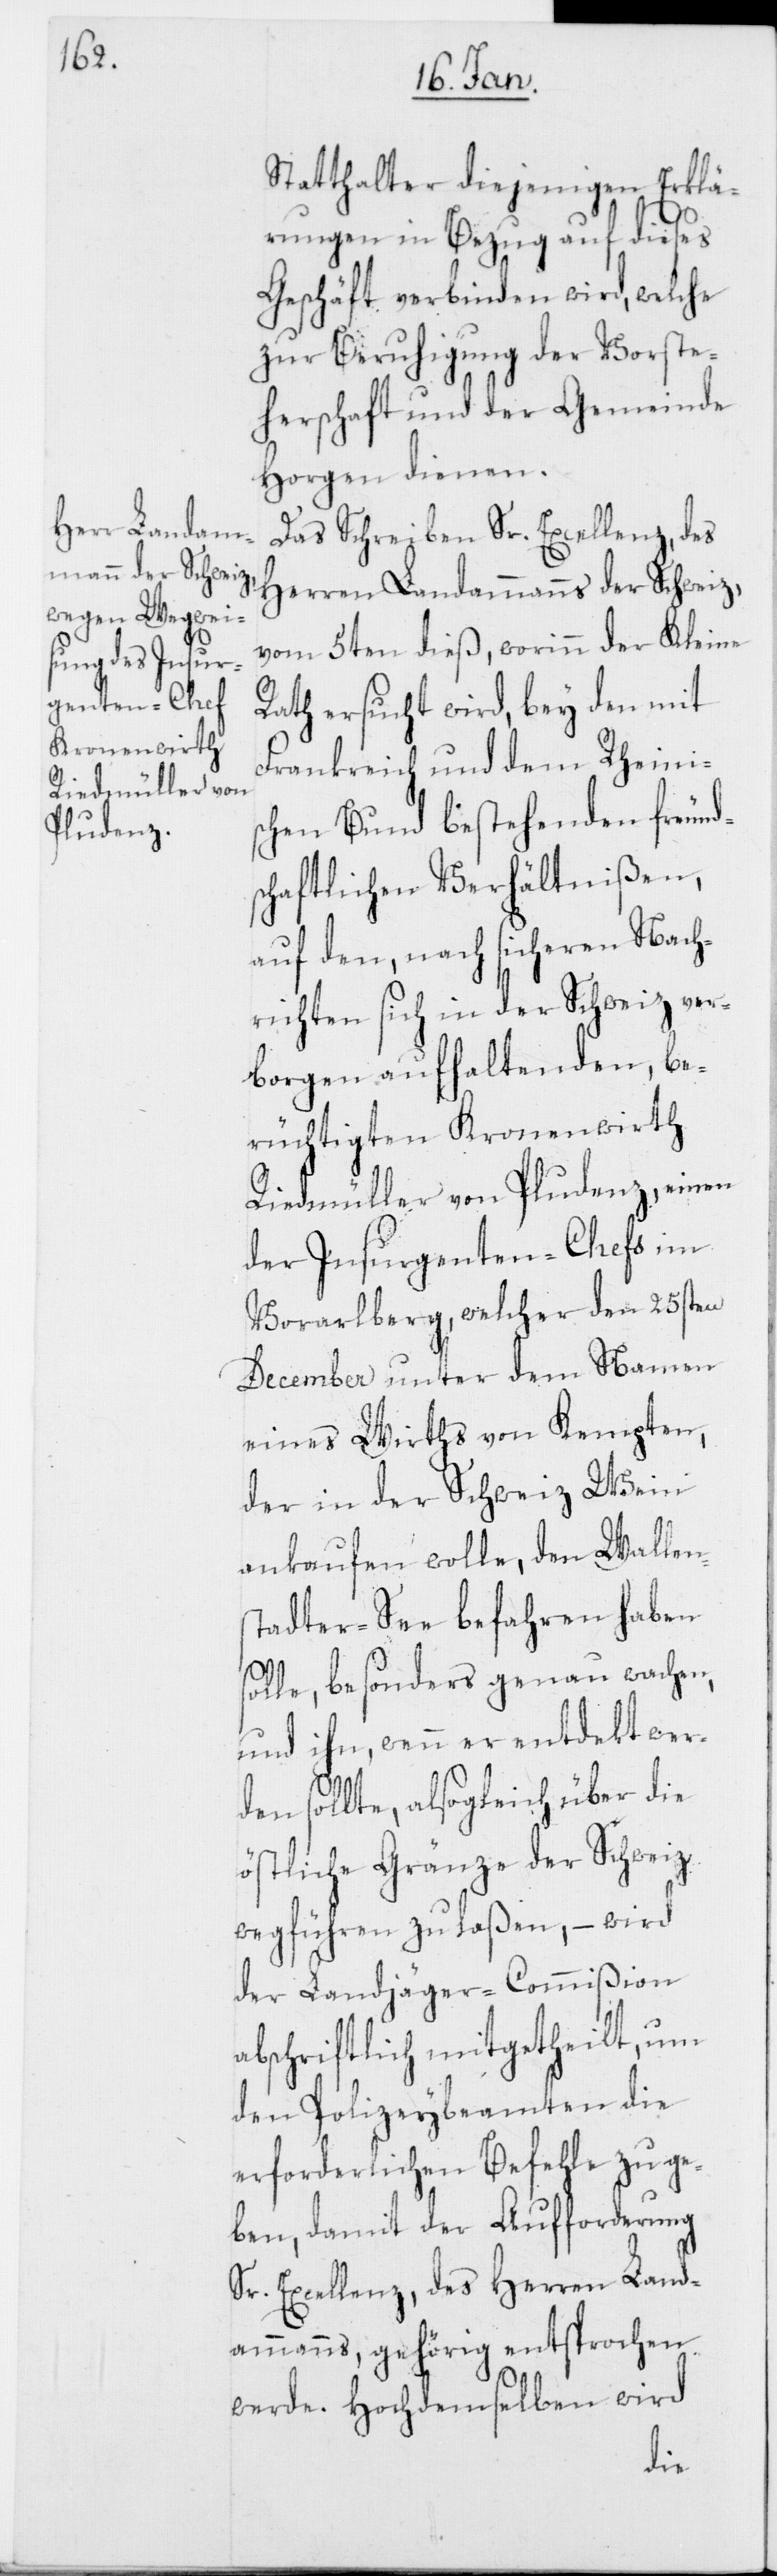
Statthalter diejenigen Erklä¬
rungen in Bezug auf dieses
Geschäft verbinden wird, welche
zur Beruhigung der Vorste¬
herschaft und der Gemeinde
Horgen dienen.
Das Schreiben Sr. Excellenz, des
Herrn Landammann der Schweiz,
vom 5ten dieß, worinn der Kleine
Rath ersucht wird, bey den mit
Frankreich und dem Rheini¬
schen Bund bestehenden freund¬
schaftlichen Verhältnißen,
auf den, nach sicheren Nach¬
richten sich in der Schweiz ver¬
borgen aufhaltenden, be¬
rüchtigten Kronenwirth
Riedmüller von Pludenz, einen
der Insurgenten-Chefs im
Vorarlberg, welcher den 25sten
December unter dem Namen
eines Wirths von Kempten,
der in der Schweiz Wein
ankaufen wolle, den Wallen¬
stadter-See befahren haben
solle, besonders genau wachen,
und ihn, wenn er entdekt wer¬
den sollte, alsogleich über die
östliche Gränze der Schweiz
wegführen zu laßen, – wird
der Landjäger-Commißion
abschriftlich mitgetheilt, um
den Polizeybeamten die
erforderlichen Befehle zu ge¬
ben, damit der Aufforderung
Sr. Excellenz, des Herren Land¬
ammanns, gehörig entsprochen
werde. Hochdemselben wird